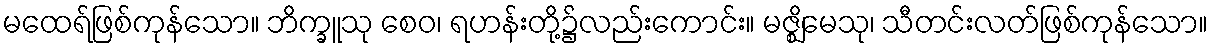
မထေရ်ဖြစ်ကုန်သော။ ဘိက္ခူသု စေဝ၊ ရဟန်းတို့၌လည်းကောင်း။ မဇ္ဈိမေသု၊ သီတင်းလတ်ဖြစ်ကုန်သော။